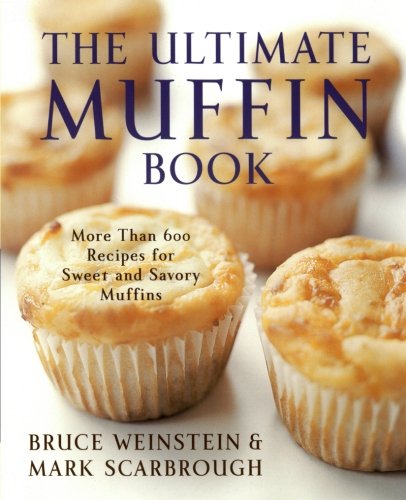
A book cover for The Ultimate Muffin Book: More Than 600 Recipes for Sweet and Savory Muffins (Ultimate Cookbooks); Bruce Weinstein; Cookbooks, Food & Wine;